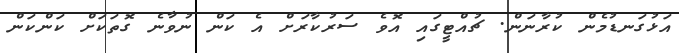
އަޅުގަނޑުމެން ކުރާނަން. ޗުއްޓީގައި އޮވެ ސަރުކާރަށް އެ ކަން ނުވާނެ ގޮތަކަށް ކަންކަން